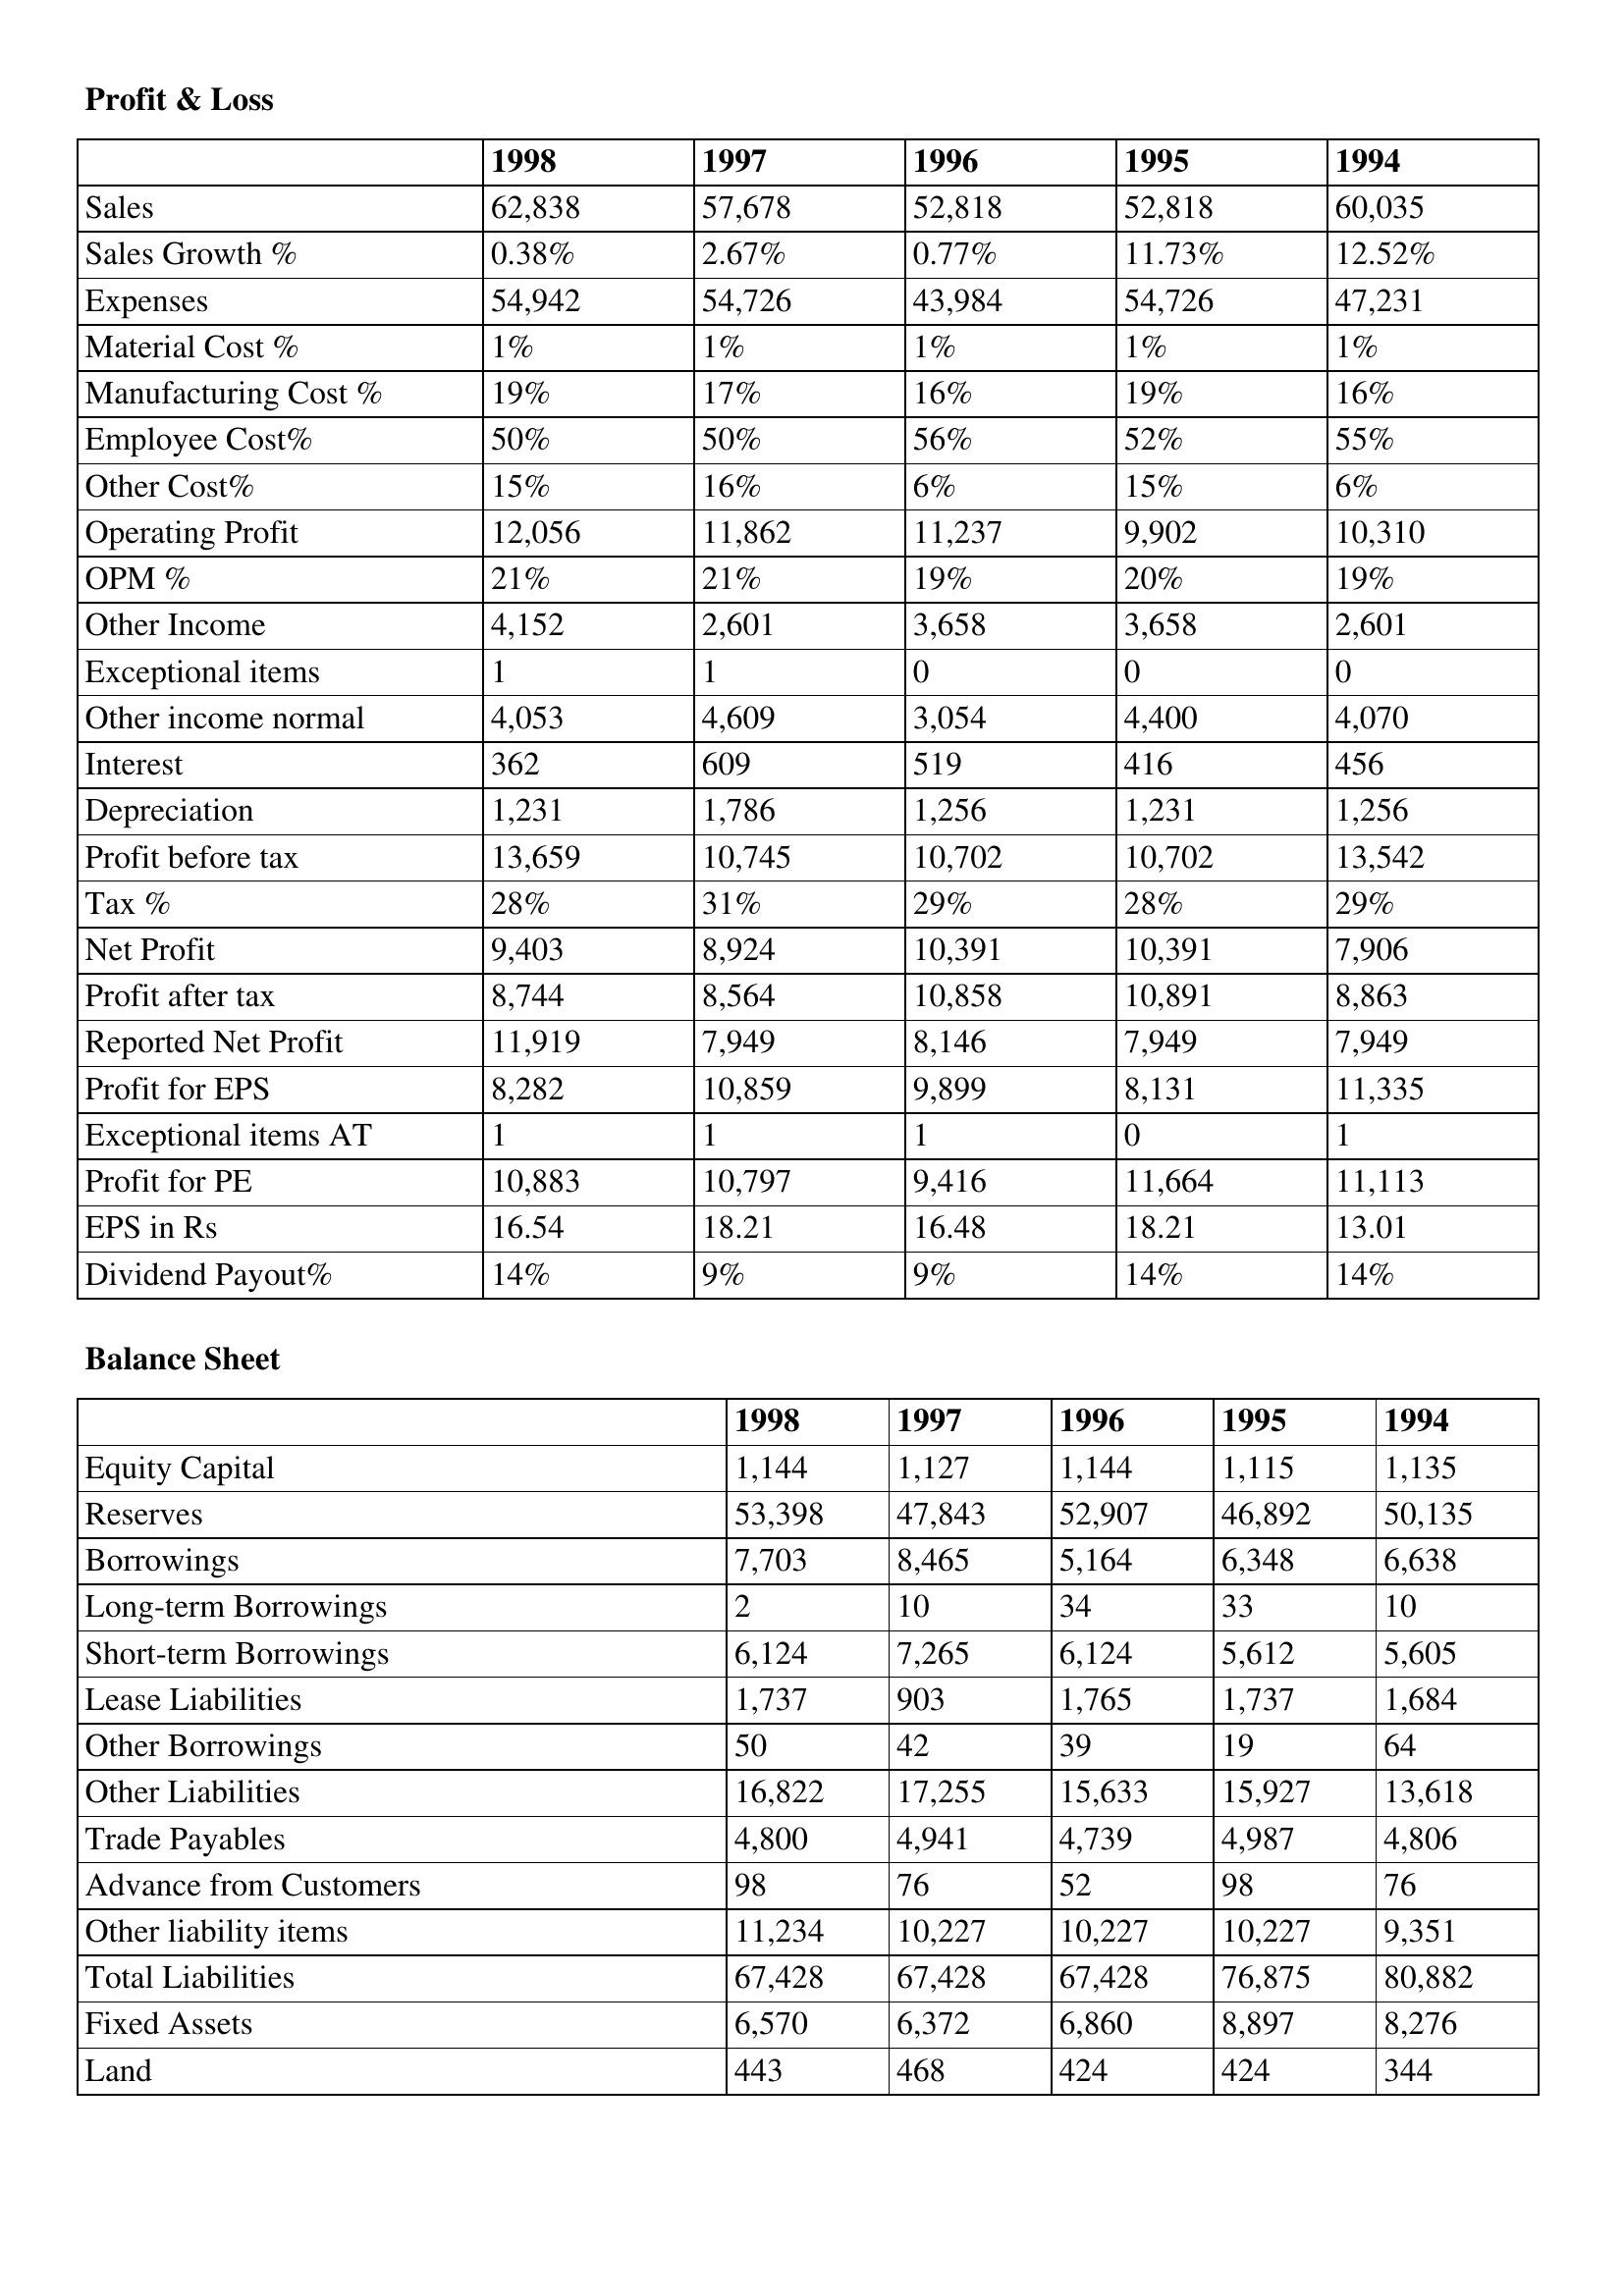
gt_parse: 1998: Profit & Loss: Sales: 62,838
Sales Growth %: 0.38%
Expenses: 54,942
Material Cost %: 1%
Manufacturing Cost %: 19%
Employee Cost%: 50%
Other Cost%: 15%
Operating Profit: 12,056
OPM %: 21%
Other Income: 4,152
Exceptional items: 1
Other income normal: 4,053
Interest: 362
Depreciation: 1,231
Profit before tax: 13,659
Tax %: 28%
Net Profit: 9,403
Profit after tax: 8,744
Reported Net Profit: 11,919
Profit for EPS: 8,282
Exceptional items AT: 1
Profit for PE: 10,883
EPS in Rs: 16.54
Dividend Payout%: 14%
Balance Sheet: Equity Capital: 1,144
Reserves: 53,398
Borrowings: 7,703
Long-term Borrowings: 2
Short-term Borrowings: 6,124
Lease Liabilities: 1,737
Other Borrowings: 50
Other Liabilities: 16,822
Trade Payables: 4,800
Advance from Customers: 98
Other liability items: 11,234
Total Liabilities: 67,428
Fixed Assets: 6,570
Land: 443
1997: Profit & Loss: Sales: 57,678
Sales Growth %: 2.67%
Expenses: 54,726
Material Cost %: 1%
Manufacturing Cost %: 17%
Employee Cost%: 50%
Other Cost%: 16%
Operating Profit: 11,862
OPM %: 21%
Other Income: 2,601
Exceptional items: 1
Other income normal: 4,609
Interest: 609
Depreciation: 1,786
Profit before tax: 10,745
Tax %: 31%
Net Profit: 8,924
Profit after tax: 8,564
Reported Net Profit: 7,949
Profit for EPS: 10,859
Exceptional items AT: 1
Profit for PE: 10,797
EPS in Rs: 18.21
Dividend Payout%: 9%
Balance Sheet: Equity Capital: 1,127
Reserves: 47,843
Borrowings: 8,465
Long-term Borrowings: 10
Short-term Borrowings: 7,265
Lease Liabilities: 903
Other Borrowings: 42
Other Liabilities: 17,255
Trade Payables: 4,941
Advance from Customers: 76
Other liability items: 10,227
Total Liabilities: 67,428
Fixed Assets: 6,372
Land: 468
1996: Profit & Loss: Sales: 52,818
Sales Growth %: 0.77%
Expenses: 43,984
Material Cost %: 1%
Manufacturing Cost %: 16%
Employee Cost%: 56%
Other Cost%: 6%
Operating Profit: 11,237
OPM %: 19%
Other Income: 3,658
Exceptional items: 0
Other income normal: 3,054
Interest: 519
Depreciation: 1,256
Profit before tax: 10,702
Tax %: 29%
Net Profit: 10,391
Profit after tax: 10,858
Reported Net Profit: 8,146
Profit for EPS: 9,899
Exceptional items AT: 1
Profit for PE: 9,416
EPS in Rs: 16.48
Dividend Payout%: 9%
Balance Sheet: Equity Capital: 1,144
Reserves: 52,907
Borrowings: 5,164
Long-term Borrowings: 34
Short-term Borrowings: 6,124
Lease Liabilities: 1,765
Other Borrowings: 39
Other Liabilities: 15,633
Trade Payables: 4,739
Advance from Customers: 52
Other liability items: 10,227
Total Liabilities: 67,428
Fixed Assets: 6,860
Land: 424
1995: Profit & Loss: Sales: 52,818
Sales Growth %: 11.73%
Expenses: 54,726
Material Cost %: 1%
Manufacturing Cost %: 19%
Employee Cost%: 52%
Other Cost%: 15%
Operating Profit: 9,902
OPM %: 20%
Other Income: 3,658
Exceptional items: 0
Other income normal: 4,400
Interest: 416
Depreciation: 1,231
Profit before tax: 10,702
Tax %: 28%
Net Profit: 10,391
Profit after tax: 10,891
Reported Net Profit: 7,949
Profit for EPS: 8,131
Exceptional items AT: 0
Profit for PE: 11,664
EPS in Rs: 18.21
Dividend Payout%: 14%
Balance Sheet: Equity Capital: 1,115
Reserves: 46,892
Borrowings: 6,348
Long-term Borrowings: 33
Short-term Borrowings: 5,612
Lease Liabilities: 1,737
Other Borrowings: 19
Other Liabilities: 15,927
Trade Payables: 4,987
Advance from Customers: 98
Other liability items: 10,227
Total Liabilities: 76,875
Fixed Assets: 8,897
Land: 424
1994: Profit & Loss: Sales: 60,035
Sales Growth %: 12.52%
Expenses: 47,231
Material Cost %: 1%
Manufacturing Cost %: 16%
Employee Cost%: 55%
Other Cost%: 6%
Operating Profit: 10,310
OPM %: 19%
Other Income: 2,601
Exceptional items: 0
Other income normal: 4,070
Interest: 456
Depreciation: 1,256
Profit before tax: 13,542
Tax %: 29%
Net Profit: 7,906
Profit after tax: 8,863
Reported Net Profit: 7,949
Profit for EPS: 11,335
Exceptional items AT: 1
Profit for PE: 11,113
EPS in Rs: 13.01
Dividend Payout%: 14%
Balance Sheet: Equity Capital: 1,135
Reserves: 50,135
Borrowings: 6,638
Long-term Borrowings: 10
Short-term Borrowings: 5,605
Lease Liabilities: 1,684
Other Borrowings: 64
Other Liabilities: 13,618
Trade Payables: 4,806
Advance from Customers: 76
Other liability items: 9,351
Total Liabilities: 80,882
Fixed Assets: 8,276
Land: 344